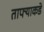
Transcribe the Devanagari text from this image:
ताफ्याकडे